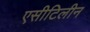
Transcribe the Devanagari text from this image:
एसीटिलीन